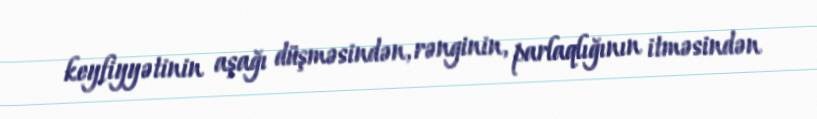
keyfiyyətinin aşağı düşməsindən, rənginin, parlaqlığının itməsindən